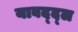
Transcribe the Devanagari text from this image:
याबद्द्ल